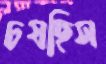
চষছিস